Report of the Indian Hemp Drugs Commission, 1894-1895 - Volume V
Year: 1894
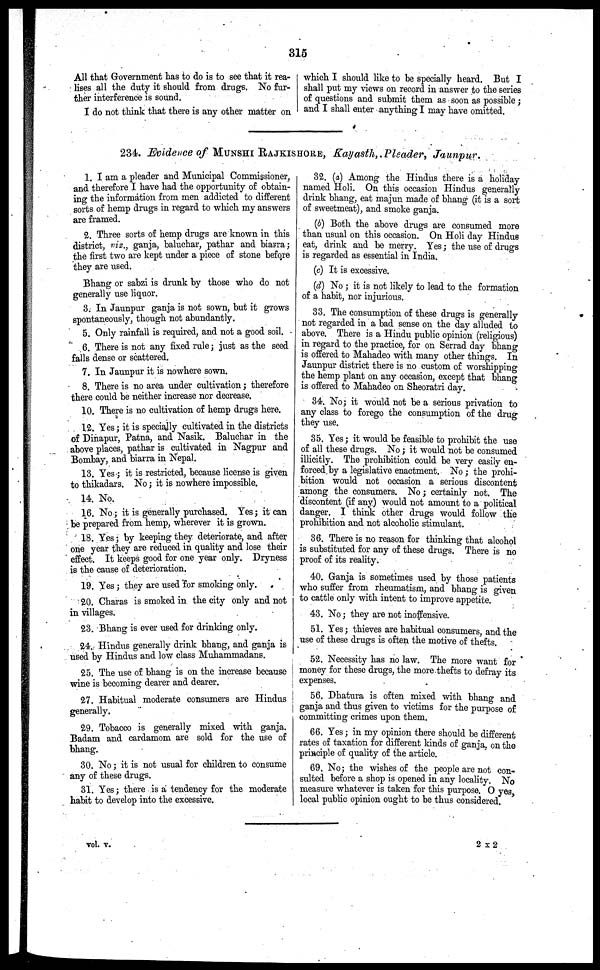
315
All that Government has to do is to see that it rea-
lises all the duty it should from drugs. No fur-
ther interference is sound.
I do not think that there is any other matter on
which I should like to be specially heard. But I
shall put my views on record in answer to the series
of questions and submit them as soon as possible;
and I shall enter anything I may have omitted.
234. Evidence of MUNSHI RAJKISHORE, Kayasth, Pleader, Jaunpur.
1. I am a pleader and Municipal Commissioner,
and therefore I have had the opportunity of obtain-
ing the information from men addicted to different
sorts of hemp drugs in regard to which my answers
are framed.
2. Three sorts of hemp drugs are known in this
district, viz., ganja, baluchar, pathar and biarra;
the first two are kept under a piece of stone before
they are used.
Bhang or sabzi is drunk by those who do not
generally use liquor.
3. In Jaunpur ganja is not sown, but it grows
spontaneously, though not abundantly.
5. Only rainfall is required, and not a good soil.
6. There is not any fixed rule; just as the seed
falls dense or scattered.
7. In Jaunpur it is nowhere sown.
8. There is no area under cultivation; therefore
there could be neither increase nor decrease.
10. There is no cultivation of hemp drugs here.
12. Yes; it is specially cultivated in the districts
of Dinapur, Patna, and Nasik. Baluchar in the
above places, pathar is cultivated in Nagpur and
Bombay, and biarra in Nepal.
13. Yes; it is restricted, because license is given
to thikadars. No; it is nowhere impossible.
14. No.
16. No; it is generally purchased. Yes; it can
be prepared from hemp, wherever it is grown.
18. Yes; by keeping they deteriorate, and after
one year they are reduced in quality and lose their
effect. It keeps good for one year only. Dryness
is the cause of deterioration.
19. Yes; they are used for smoking only.
20. Charas is smoked in the city only and not
in villages.
23. Bhang is ever used for drinking only.
24. Hindus generally drink bhang, and ganja is
used by Hindus and low class Muhammadans.
25. The use of bhang is on the increase because
wine is becoming dearer and dearer.
27. Habitual moderate consumers are Hindus
generally.
29. Tobacco is generally mixed with ganja.
Badam and cardamom are sold for the use of
bhang.
30. No; it is not usual for children to consume
any of these drugs.
31. Yes; there is a tendency for the moderate
habit to develop into the excessive.
32. (a) Among the Hindus there is a holiday
named Holi. On this occasion Hindus generally
drink bhang, eat majun made of bhang (it is a sort
of sweetmeat), and smoke ganja.
(b) Both the above drugs are consumed more
than usual on this occasion. On Holi day Hindus
eat, drink and be merry. Yes; the use of drugs
is regarded as essential in India.
(c) It is excessive.
(d) No; it is not likely to lead to the formation
of a habit, nor injurious.
33. The consumption of these drugs is generally
not regarded in a bad sense on the day alluded to
above. There is a Hindu public opinion (religious)
in regard to the practice, for on Serrad day bhang
is offered to Mahadeo with many other things. In
Jaunpur district there is no custom of worshipping
the hemp plant on any occasion, except that bhang
is offered to Mahadeo on Sheoratri day.
34. No; it would not be a serious privation to
any class to forego the consumption of the drug
they use.
35. Yes; it would bo feasible to prohibit the use
of all these drugs. No; it would not be consumed
illicitly. The prohibition could be very easily en-
forced by a legislative enactment. No; the prohi-
bition would not occasion a serious discontent
among the consumers. No; certainly not. The
discontent (if any) would not amount to a political
danger. I think other drugs would follow the
prohibition and not alcoholic stimulant.
36. There is no reason for thinking that alcohol
is substituted for any of these drugs. There is no
proof of its reality.
40. Ganja is sometimes used by those patients
who suffer from rheumatism, and bhang is given
to cattle only with intent to improve appetite.
43. No; they are not inoffensive.
51. Yes; thieves are habitual consumers, and the
use of these drugs is often the motive of thefts.
52. Necessity has no law. The more want for
money for these drugs, the more thefts to defray its
expenses.
56. Dhatura is often mixed with bhang and
ganja and thus given to victims for the purpose of
committing crimes upon them.
66. Yes; in my opinion there should be different
rates of taxation for different kinds of ganja, on the
principle of quality of the article.
69. No; the wishes of the people are not con-
sulted before a shop is opened in any locality. No
measure whatever is taken for this purpose. O yes,
local public opinion ought to be thus considered.
vol. v.
2 X 2